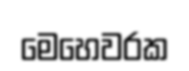
මෙහෙවරක